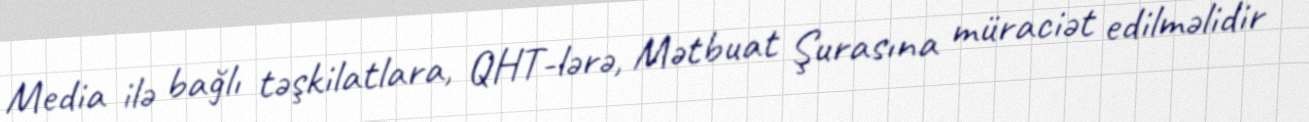
Media ilə bağlı təşkilatlara, QHT-lərə, Mətbuat Şurasına müraciət edilməlidir